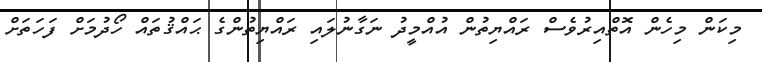
މިކަން މިހެން އޮތްއިރުވެސް ރައްޔިތުން އުއްމީދު ނަގާނުލައި ރައްޔިތުންގެ ޙައްޤުތައް ހޯދުމަށް ފަހަތަށް